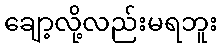
ချော့လို့လည်းမရဘူး